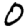
Digit: 0